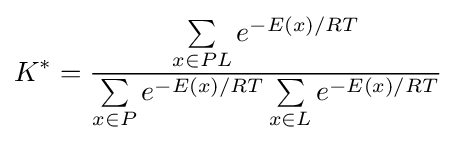
K^{*}={\frac {\sum \limits _{x\in PL}e^{-E(x)/RT}}{\sum \limits _{x\in P}e^{-E(x)/RT}\sum \limits _{x\in L}e^{-E(x)/RT}}}